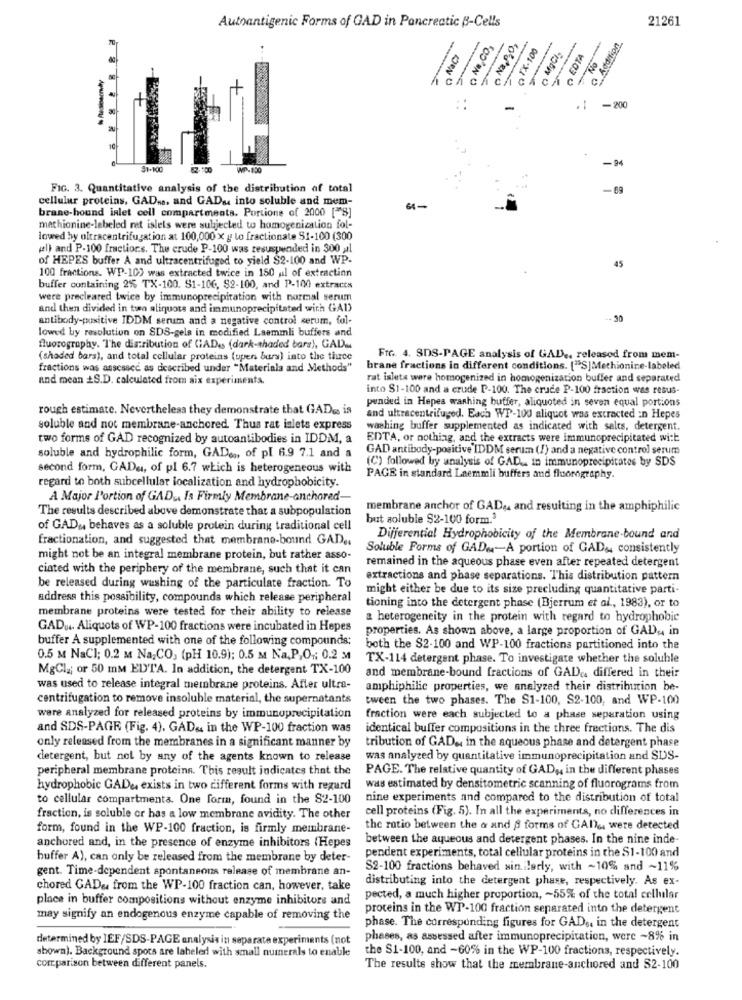
21261
Autoantigenic Forms of GAD in Pancreatic B-Cells
O Na,CO,
O NaCI
GTX-100
O MgCl
EDTA
.1 -200
-94
51-100
MP-150
FIG. 3. Quantitative analysis of the distribution af total
-69
cellular proteins, GAD ... and GAD& into soluble and mem-
brane-hound inlet cell compartments. Portions of 2000 ["S]
mathionine-labeled ret islels were subjected to homogenization fol-
lowed hy oltracentrifugation at 100,000 x y lo fractionate $1-100 (300
(l) and P-100 fractions. The crude P-100 was resuspended in 300 ,al
of HEPES buffer A and ultracentrifuged to yield $2-100 and WP-
45
100 fractions. WP-100 was extracted twice in 150 uil of extraction
buffer containing 2% TX-100. S1-106, $2-100, and P-100 extraces
were precleared twice by immunoprecipitation with normal serum
and then divided in two aliquots and immunoprecipitated with GAD
antibody-positive IDDM serum and a negative control serum, fol-
- 30
lowed by resolution on SDS-gels in modified Laemmli buffers and
fluorography. The distribution of GADes (dark-shaded bars), GAD).
(shaded bars), and total cellular proteins (upen bura) into the three
Frr. 4. SDS-PAGE analysis of GAD ., released from mem-
fractions was assessed as described under "Materiala and Methods"
brane fractions in different conditions. ["S]Methionine-labeled
and mean _S.D. calculated from aix experiments.
rat isleta were homogenized in homogenization buffer and separated
into $1-100 and a crude P-100. The crude P-100 fraction was resus-
pended in Hopes washing buffer, aliquoted in seven equal portions
rough estimate. Nevertheless they demonstrate that GADss is
and ultracentrifuged. Each WP-100 aliquot was extracted :n Hepes
soluble and not membrane-anchored. Thus rat inlets express
washing buffer supplemented as indicated with salts, detergent.
two forms of GAD recognized by autoantibodies in IDDM, a
EDTA, or nothing, and the extracts were immunoprecipitated with
soluble and hydrophilic form, GAD .., of pl 6.9 7.1 and a
GAD antibody-positive IDDM serum (/) and a negative control serum
(C) followed by analysis of GAD .. in immunoprecipitates by SDS
second form, GADu, of pl 6.7 which is heterogeneous with
PAGE in standard Laemmli buffers and fluorography.
regard to both subcellular localization and hydrophobicity.
A Major l'ortion of GAD ., Is Firmly Membrane-anchored-
The results described above demonstrate that a subpopulation
membrane anchor of GAD .. and resulting in the amphiphilic
but soluble $2-100 form.3
of GAD ,, behaves as a soluble protein during traditional cell
fractionation, and suggested that membrane-bound GAD ..
Differential Hydrophobicity of the Membrane-bound and
Soluble Forms of GAD .- A portion of GAD& consistently
might not be an integral membrane protein, but rather asso-
remained in the aqueous phase even after repeated detergent
ciated with the periphery of the membrane, such that it can
extractions and phase separations. This distribution pattern
be released during washing of the particulate fraction. To
might either be due to its size precluding quantitative parti-
address this possibility, compounds which release peripheral
membrane proteins were tested for their ability to release
tioning into the detergent phase (Bjerrum et al ., 1983), or to
a heterogeneity in the protein with regard to hydrophobic
GADU4. Aliquots of WP-100 fractions were incubated in Hepes
properties. As shown above, a large proportion of GAD ,, in
buffer A supplemented with one of the following compounds:
both the $2-100 and WP-100 fractions partitioned into the
0.5 M NaCl; 0.2 M Na, CO, (pH 10.9): 0.5 M Na.P.O .; 0.2 M
TX-114 detergent phase. To investigate whether the soluble
MgCl2; or 50 mm EDTA. In addition, the detergent TX-100
and membrane-bound fractions of GAD. differed in their
was used to release integral membrane proteins. After ultra-
amphiphilic properties, we analyzed their distribution be-
centrifugation to remove insoluble material, the supernatants
tween the two phases. The S1-100, S2-100, and WP-100
were analyzed for released proteins by immunoprecipitation
fraction were each subjected to a phase separation using
and SDS-PAGE (Fig. 4). GAD&, in the WP-100 fraction was
identical buffer compositions in the three frections. The dis
only released from the membranes in a significant manner by
tribution of GAD ., in the aqueous phase and detergent phase
detergent, but not by any of the agents known to release
was analyzed by quantitative immunoprecipitation and SDS-
peripheral membrane proteins. This result indicates that the
PAGE. The relative quantity of GAD ,, in the different phases
hydrophobic GADe, exists in two different forms with regard
was estimated by densitometric scanning of fluorograms from
to cellular compartmenta. One form, found in the 82-100
nine experiments and compared to the distribution of total
cell proteins (Fig. 5). In all the experiments, no differences in
fraction, is soluble or has a low membrane avidity. The other
form, found in the WP-100 fraction, is firmly membrane-
the ratio between the & and @ forms of GANG, were detected
anchored and, in the presence of enzyme inhibitors (Hepes
between the aqueous and detergent phases. In the nine inde-
pendent experiments, total cellular proteins in the $1-100 and
buffer A), can only be released from the membrane by deter-
gent. Time-dependent spontaneons release of membrane an-
S2-100 fractions behaved sin. flerly, with ~10% and ~11%
distributing into the detergent phase, respectively. As ex-
chored GAD& from the WP-100 fraction can, however, take
place in buffer compositions without enzyme inhibitors and
pected, a much higher proportion, - 55% of the total cellular
proteins in the WP-100 fraction separated into the detergent
may signify an endogenous enzyme capable of removing the
phase. The corresponding figures for GADs. in the detergent
determined by IEF/SDS-PAGE analysis in separate experiments (not
phases, as assessed after immunoprecipitation, were ~8% in
shown). Background spots are labeled with small numerals to enable
the $1-100, and -60% in the WP-100 fractions, respectively.
comparison between different panels.
The results show that the membrane-anchored and 32-100